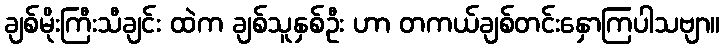
ချစ်မိုးကြီးသီချင်း ထဲက ချစ်သူနှစ်ဦး ဟာ တကယ်ချစ်တင်းနှောကြပါသဗျာ။